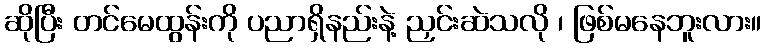
ဆိုပြီး တင်မေထွန်းကို ပညာရှိနည်းနဲ့ ညှင်းဆဲသလို ၊ ဖြစ်မနေဘူးလား။